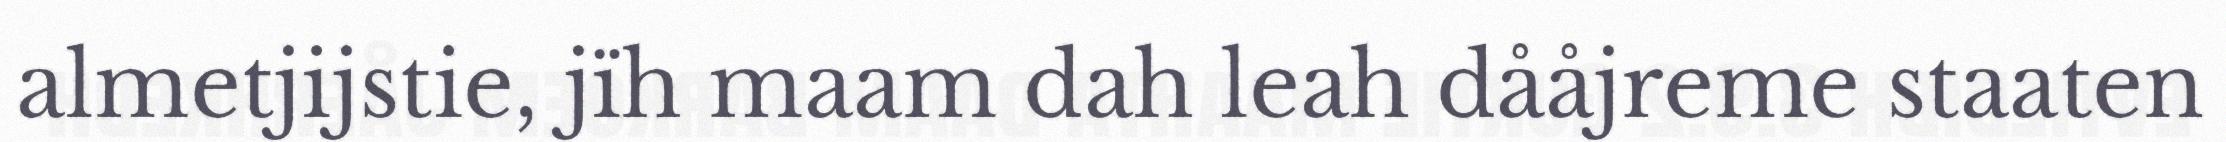
almetjijstie, jïh maam dah leah dååjreme staaten